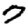
Digit: 7